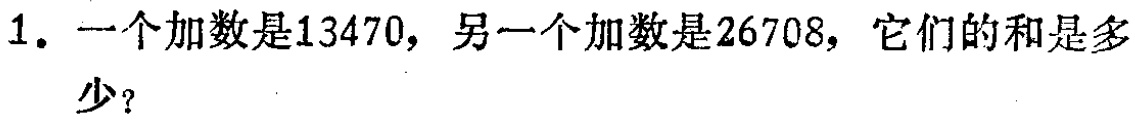
1. 一个加数是13470，另一个加数是26708，它们的和是多少？